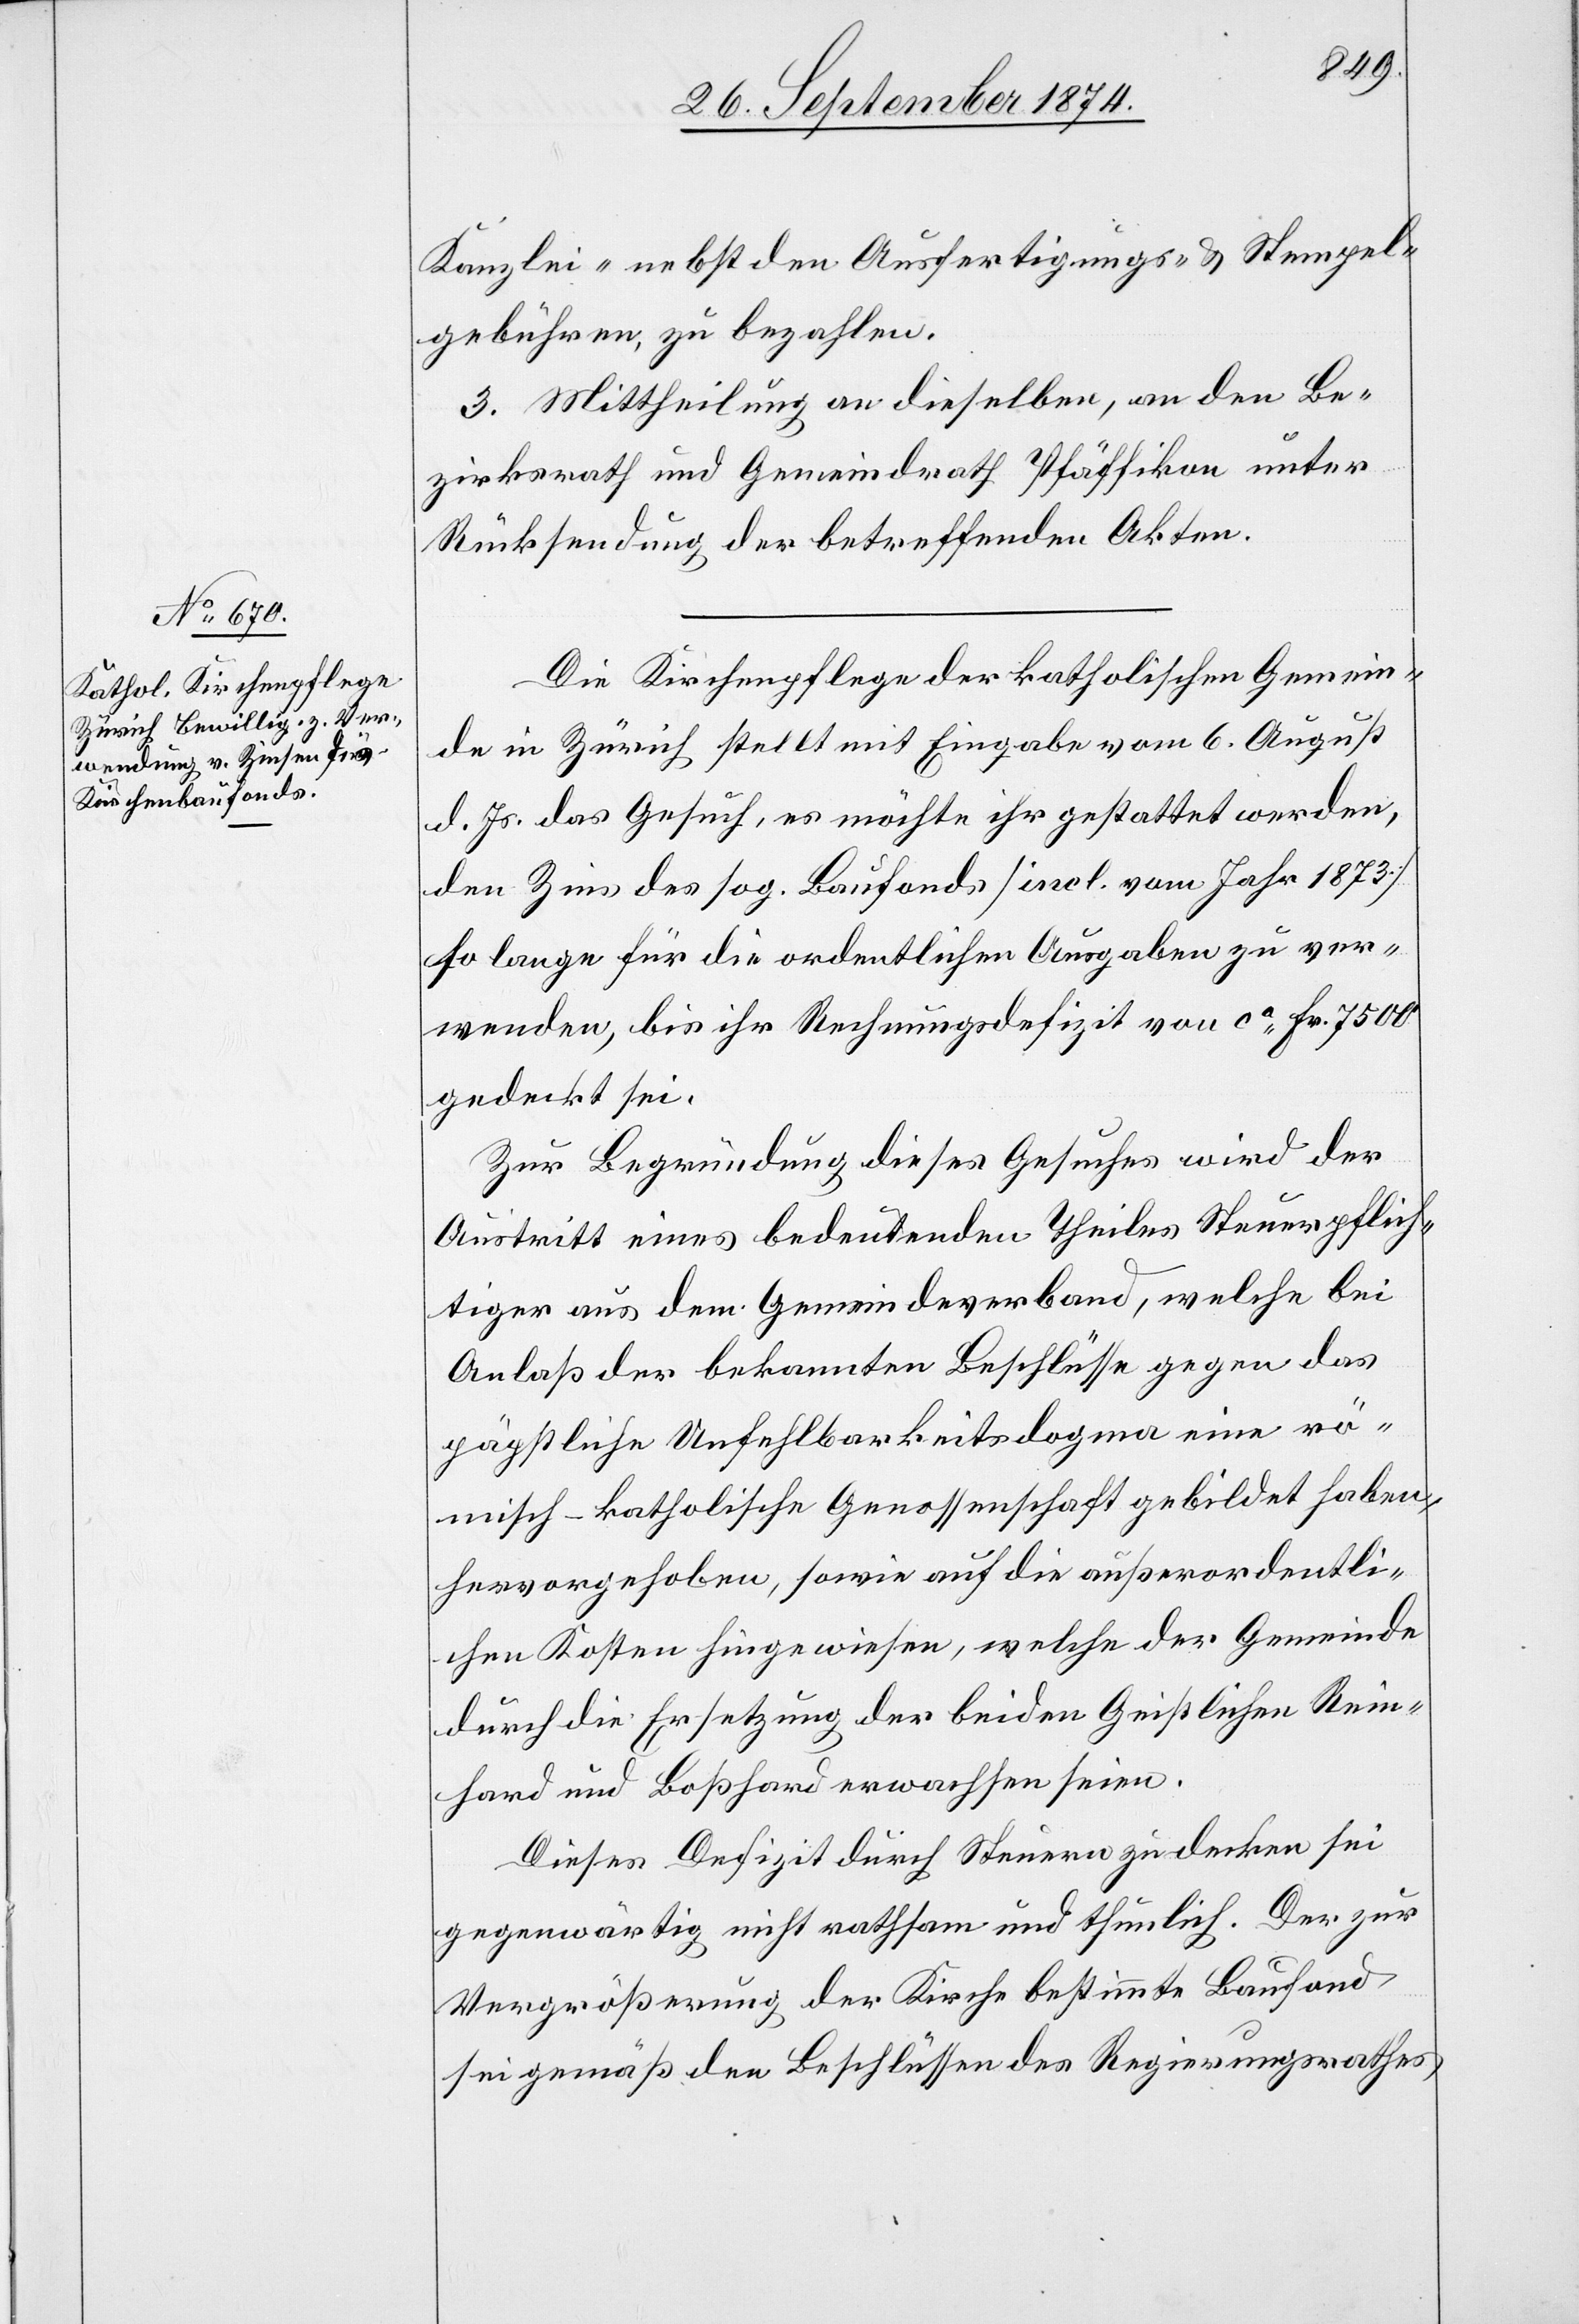
Kanzlei- nebst den Ausfertigungs- & Stempel¬
gebühren, zu bezahlen.
3. Mittheilung an dieselben, an den Be¬
zirksrath und Gemeindrath Pfäffikon unter
Rücksendung der betreffenden Akten.
Die Kirchenpflege der katholischen Gemein¬
de in Zürich stellt mit Eingabe vom 6. August
d. Js. das Gesuch, es möchte ihr gestattet werden,
den Zins des sog. BAufonds [incl. vom Jahr 1873]
so lange für die ordentlichen Ausgaben zu ver¬
wenden, bis ihr Rechnungsdefizit von ca Fr. 7500
gedeckt sei.
Zur Begründung dieses Gesuches wird der
Austritt eines bedeutenden Theiles Steuerpflich¬
tiger aus dem Gemeindeverband, welche bei
Anlaß der bekannten Beschlüsse gegen das
päpstliche Unfehlbarkeitsdogma eine rö¬
misch-katholische Genossenschaft gebildet haben,
hervorgehoben, sowie auf die außerordentli¬
chen Kosten hingewiesen, welche der Gemeinde
durch die Ersetzung der bieden Geistlichen Rein¬
hard und Boßhard erwachsen seien.
Dieses Defizit durch Steuern zu decken sei
gegenwärtig nicht rathsam und thunlich. Der zur
Vergrößerung der Kirche bestimmte Baufond
sei gemäß den Beschlüssen des Regierungsrathes